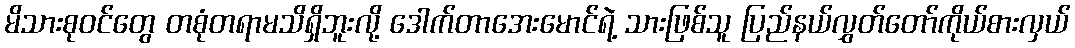
မိသားစုဝင်တွေ တစုံတရာမသိရှိဘူးလို့ ဒေါက်တာအေးမောင်ရဲ့ သားဖြစ်သူ ပြည်နယ်လွှတ်တော်ကိုယ်စားလှယ်